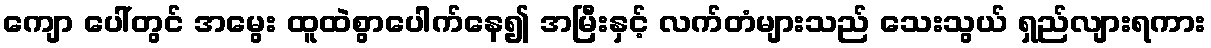
ကျော ပေါ်တွင် အမွေး ထူထဲစွာပေါက်နေ၍ အမြီးနှင့် လက်တံများသည် သေးသွယ် ရှည်လျားရကား